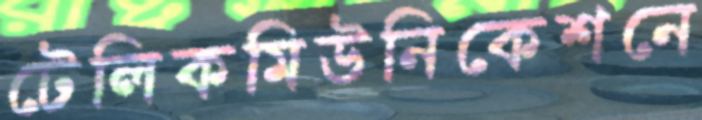
টেলিকমিউনিকেশনে